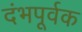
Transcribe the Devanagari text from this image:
दंभपूर्वक